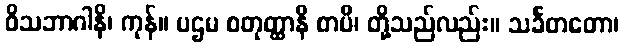
ဝိသဘာဂါနိ၊ ကုန်။ ပဌမ စတုတ္ထာနိ စာပိ၊ တို့သည်လည်း။ သင်္ခတတော၊